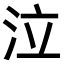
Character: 泣